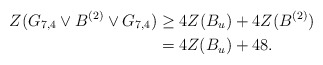
\begin{align*} Z(G_{7,4}\vee B^{(2)} \vee G_{7,4}) &\geq 4Z(B_u)+4Z(B^{(2)})\\ &=4Z(B_u)+48. \end{align*}